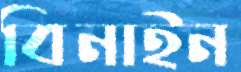
বিনাইন